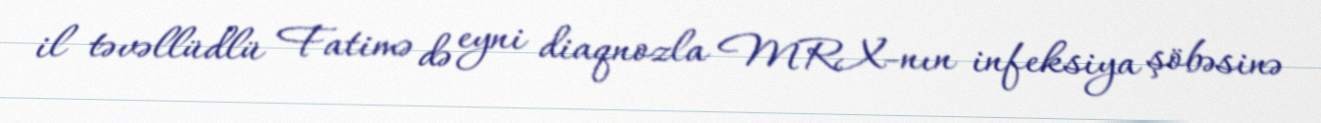
il təvəllüdlü Fatimə də eyni diaqnozla MRX-nın infeksiya şöbəsinə